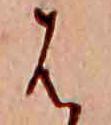
は